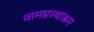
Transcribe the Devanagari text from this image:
वामप्रस्थाश्रम